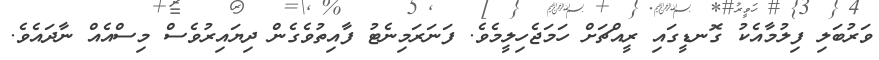
ވަރުބަލި ފިލުމާއެކު ގޮނޑީގައި ރީއްޗަށް ހަމަޖެހިލީމެވެ. ފަނަރަމިނެޓު ފާއިތުވެގެން ދިޔައިރުވެސް މިސްއެއް ނާދައެވެ.